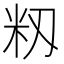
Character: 籾